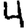
Digit: 4